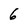
Character: 6